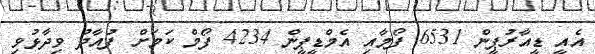
އެއީ ޑީއާރުޕީން 6531 ފޯމާއި އެމްޑީޕީން 4234 ފޯމް ކަމަށް ފުއާދު ވިދާޅުވި